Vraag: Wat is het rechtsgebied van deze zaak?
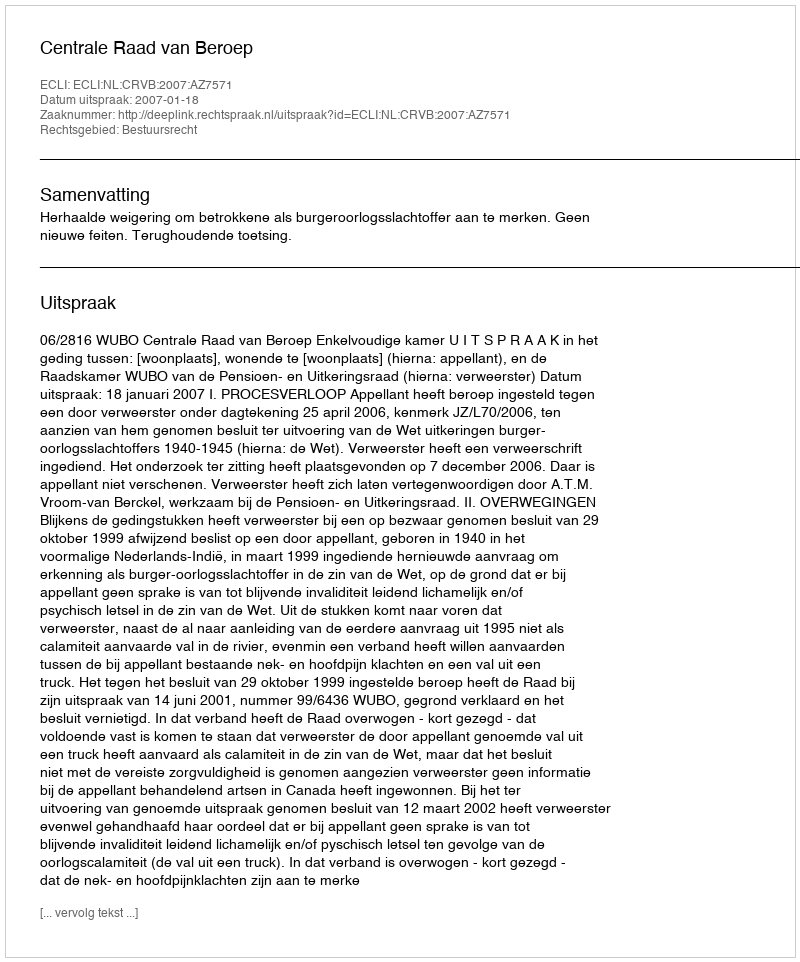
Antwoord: Bestuursrecht